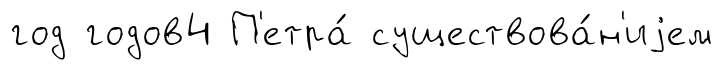
год годов4 П'етра́ существова́н'иjем